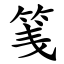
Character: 䇳